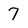
Character: 7